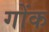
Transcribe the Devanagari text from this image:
गोंक